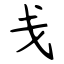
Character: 戋